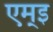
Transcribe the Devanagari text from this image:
एम्इ